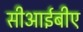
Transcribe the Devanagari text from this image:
सीआईबीए